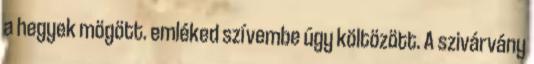
a hegyek mögött. emléked szívembe úgy költözött. A szivárvány